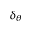
\delta _ { \theta }